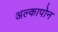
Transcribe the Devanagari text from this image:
अल्कापोन